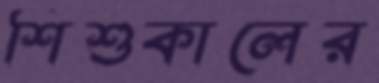
শিশুকালের